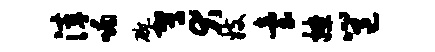
滓喃碗驾犬妓台撩邕